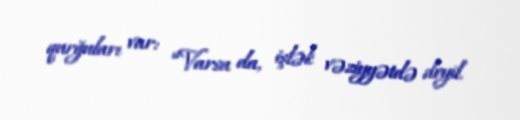
qurğuları var: “Varsa da, işlək vəziyyətdə deyil.